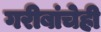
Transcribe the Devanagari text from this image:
गरीबांचेही